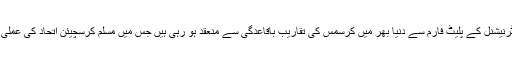
اس کے علاوہ منہاج القرآن انٹرنیشنل کے پلیٹ فارم سے دنیا بھر میں کرسمس کی تقاریب باقاعدگی سے منعقد ہو رہی ہیں جس میں مسلم کرسچیئن اتحاد کی عملی تصویر دیکھنے کو ملتی ہے۔